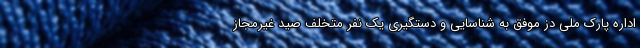
اداره پارک ملی دز موفق به شناسایی و دستگیری یک نفر متخلف صید غیرمجاز